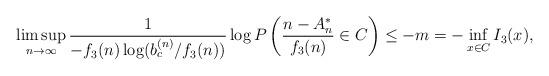
LaTeX: \begin{align*}\limsup_{n\to\infty}\frac{1}{-f_3(n)\log(b_c^{(n)}/f_3(n))}\log P\left(\frac{n-A_n^*}{f_3(n)}\in C\right)\leq-m=-\inf_{x\in C}I_3(x),\end{align*}